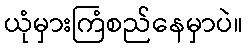
ယုံမှားကြံစည်နေမှာပဲ။